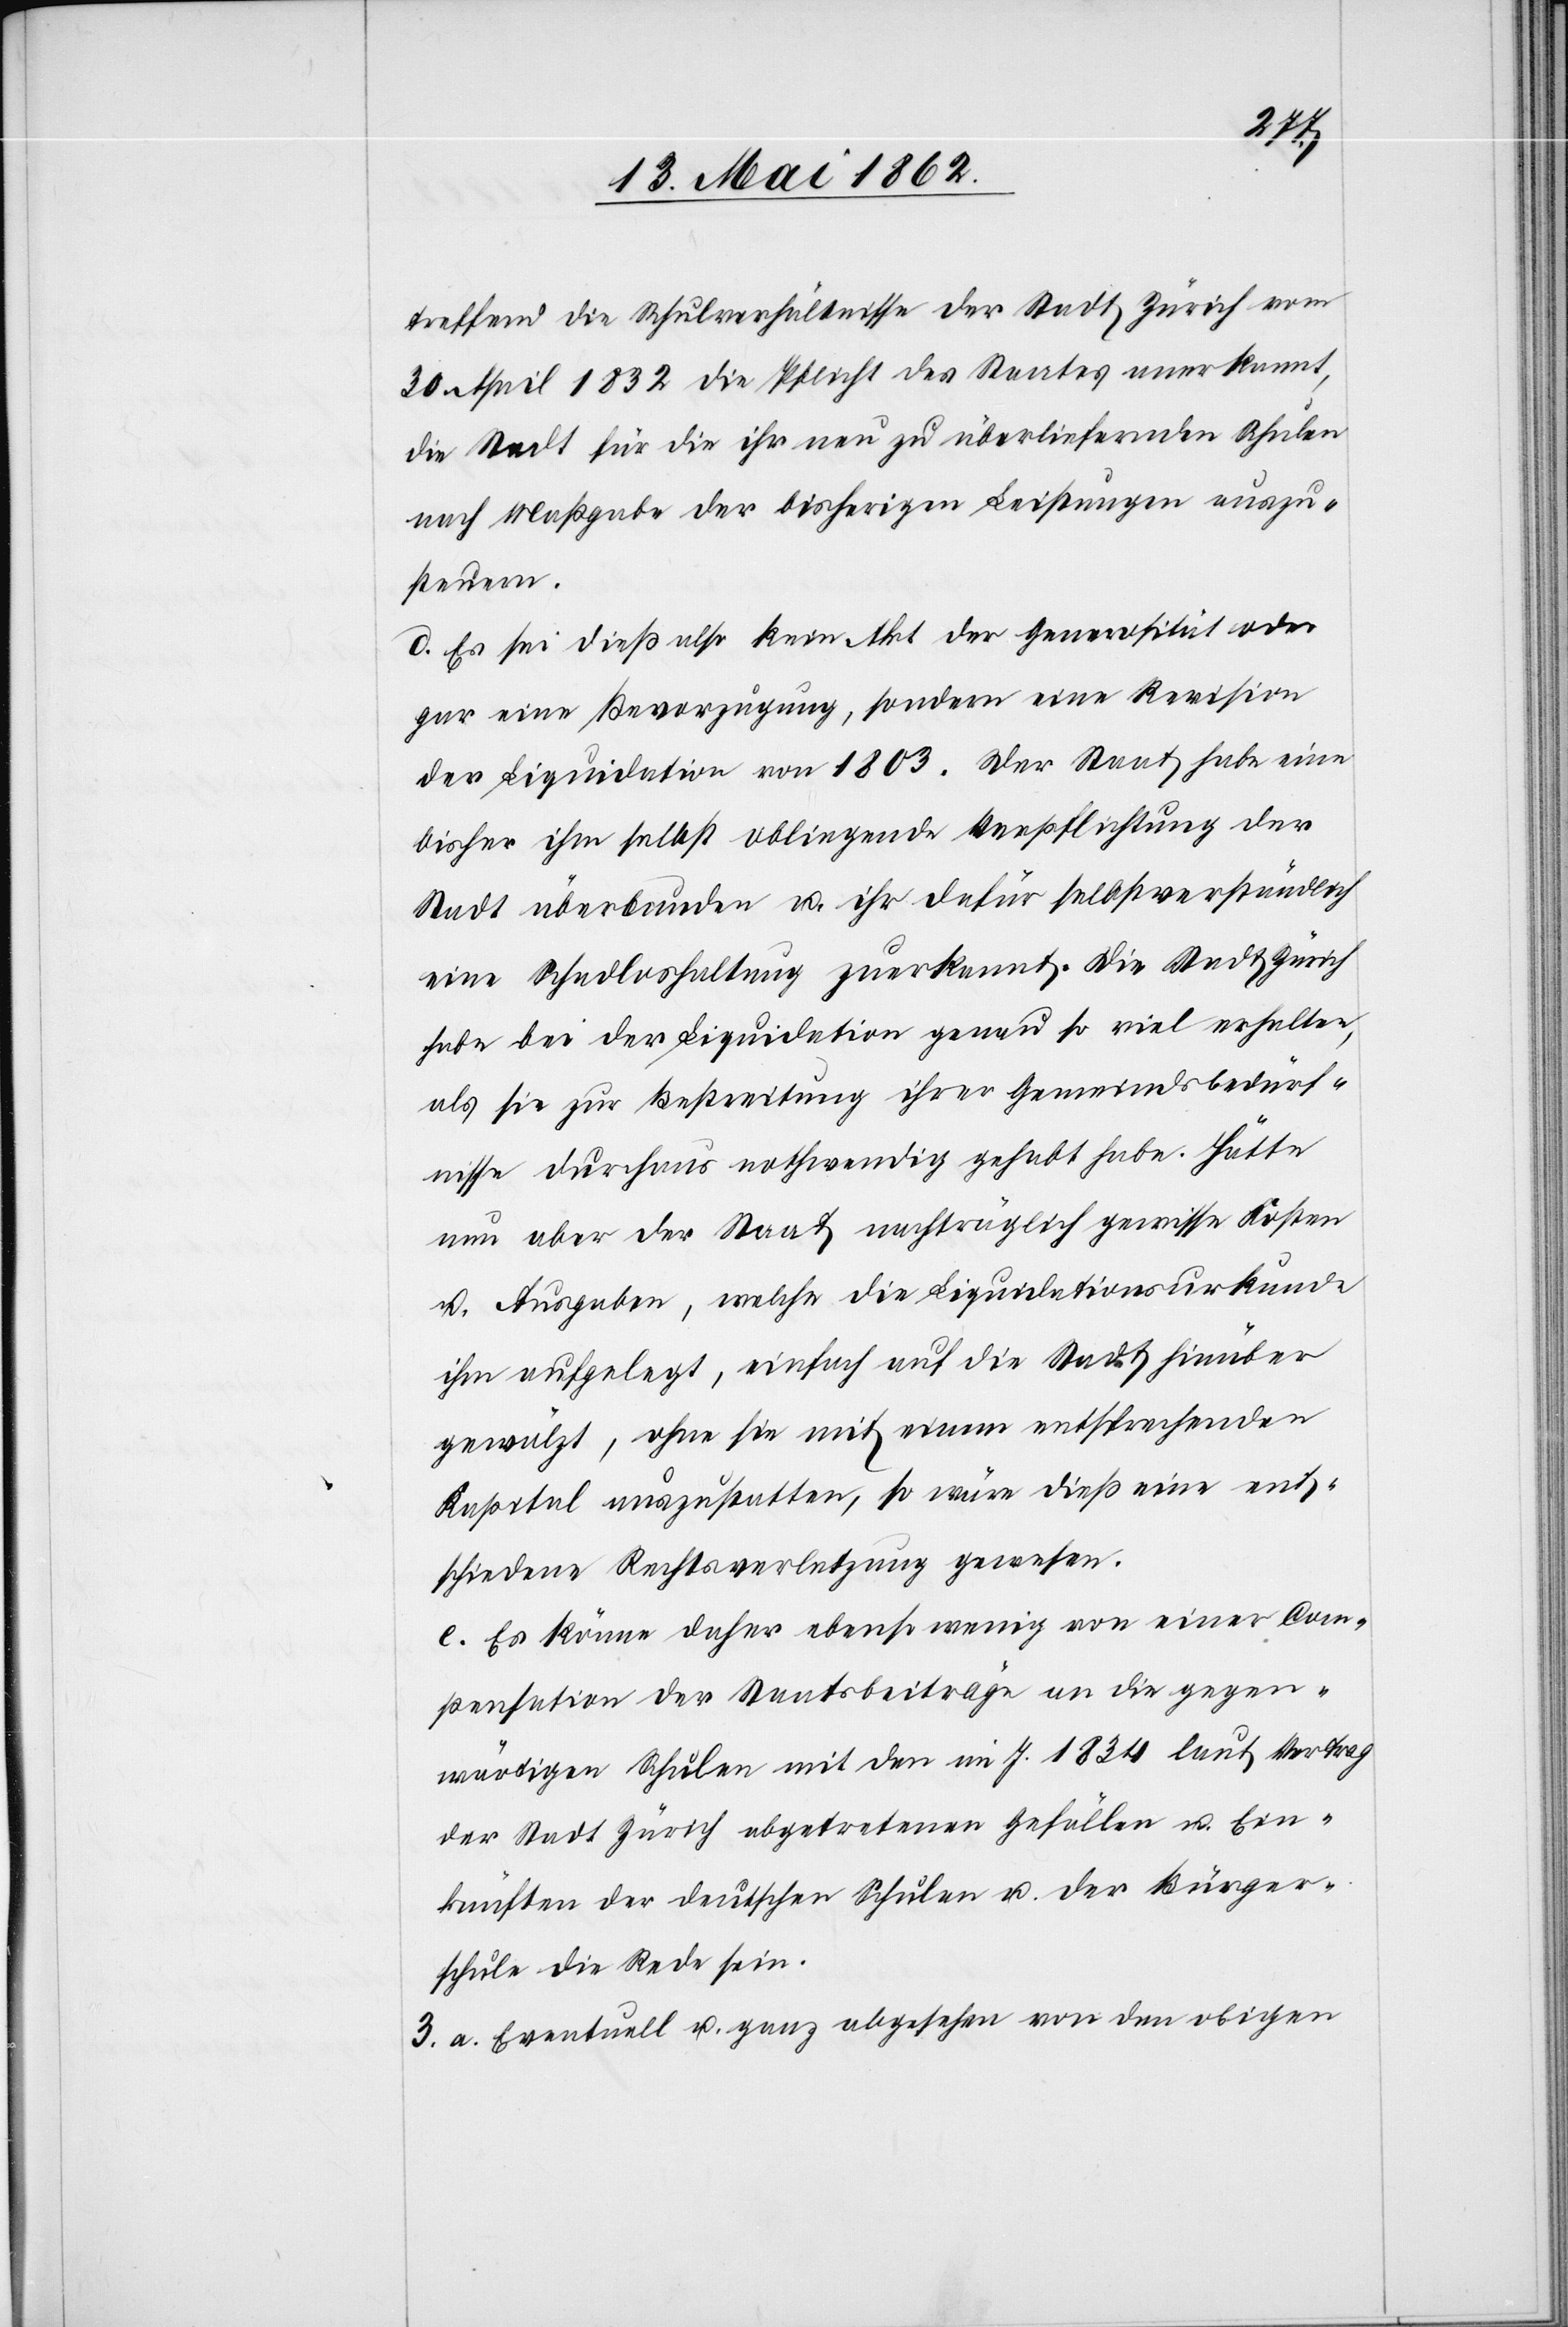
treffend die Schulverhältnisse der Stadt Zürich vom
30. April 1832 die Pflicht des Staates anerkannt,
die Stadt für die ihr neu zu überliefernden Schulen
nach Maßgabe der bisherigen Leistungen auszu¬
steuern.
d. Es sei dieß also kein Akt der Generosität oder
gar eine Bevorzugung, sondern eine Revision
der Liquidation von 1803. Der Staat habe eine
bisher ihm selbst obliegende Verpflichtung der
Stadt überbunden u. ihr dafür selbstverständlich
eine Schadloshaltung zuerkannt. Die Stadt Zürich
habe bei der Liquidation genau so viel erhalten,
als sie zur Bestreitung ihrer Gemeindsbedürf¬
nisse durchaus nothwendig gehabt habe. Hätte
nun aber der Staat nachträglich gewisse Kosten
u. Ausgaben, welche die Liquidationsurkunde
ihm aufgelegt, einfach auf die Stadt hinüber
gewälzt, ohne sie mit einem entsprechenden
Kapital auszustatten, so wäre dieß eine ent¬
schiedene Rechtsverletzung gewesen.
e. Es könne daher ebenso wenig von einer Com¬
pensation der Staatsbeiträge an die gegen¬
wärtigen Schulen mit den mit J. 1834 laut Vertrag
der Stadt Zürich abgetretenen Gefällen u. Ein¬
künften der deutschen Schulen u. der Bürger¬
schule die Rede sein.
3. a. Eventuell u. ganz abgesehen von den obigen